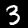
Digit: 3